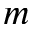
m